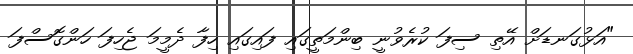
"އަޅުގަނޑަށް އޭތި ސިފަ ކުރެވުނީ ބިންމަތީގައި ފައިގައި ހިފާ ދެމީމަ ޖެހިފަ ހަންގޮސްފަ